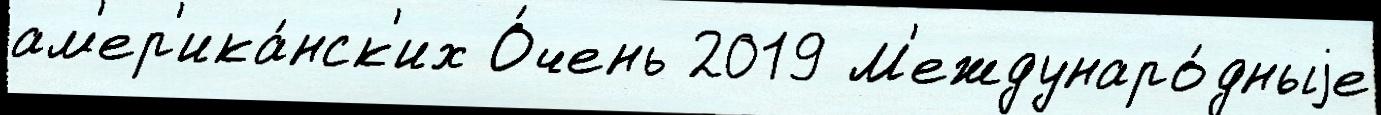
ам'ер'ика́нск'их О́чень 2019 М'еждунаро́дныjе